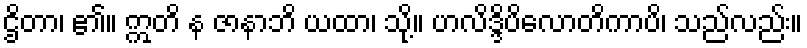
ဌိတာ၊ ၏။ ဣတိ န ဇာနာဘိ ယထာ၊ သို့။ ဟလိဒ္ဒိပိလောတိကာပိ၊ သည်လည်း။